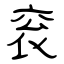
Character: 衮